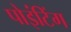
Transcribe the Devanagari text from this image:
पोइंटिंग